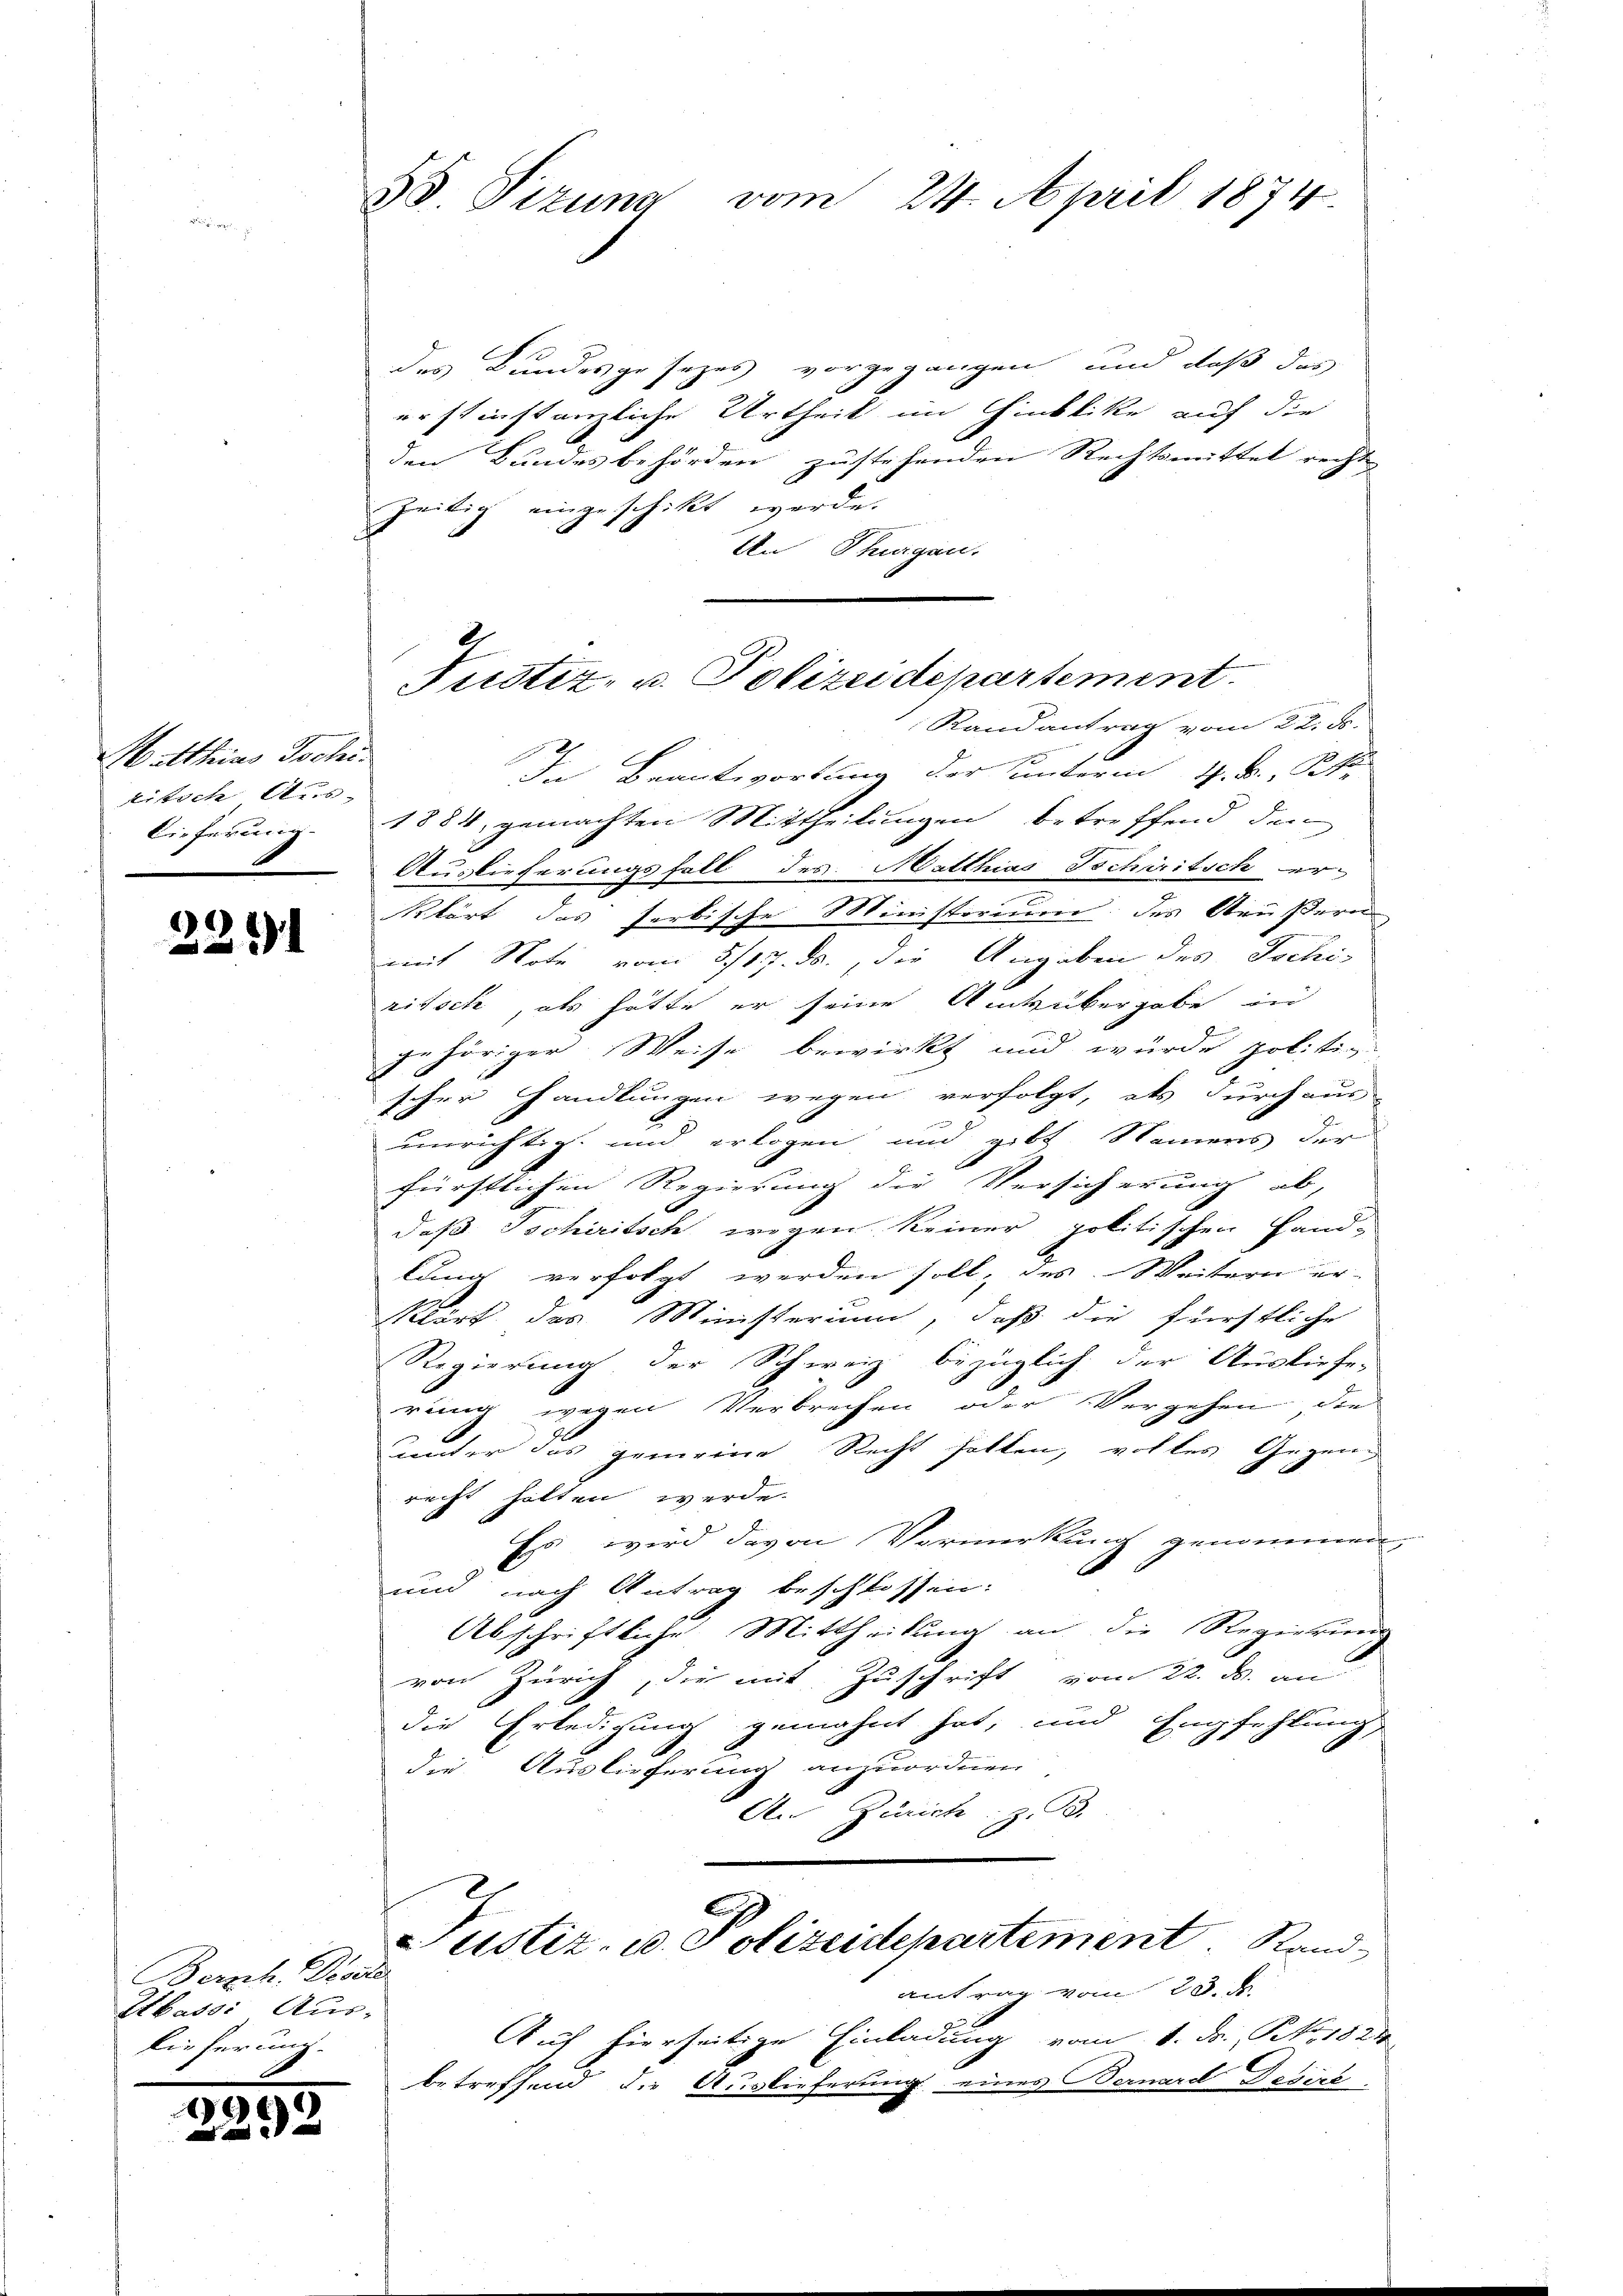
Matthias Jochiritsch Aus- |
Lieferung.

2251

Berph. Dose
Ibassi Aus-
lieferung.

¬
2

33. Sizung vom 24. April 1874.

Justiz- u. Polizeidepartement.
Randantrag vom 22. ds.

des Bundesgesezes vorgegangen, und daß das
erstinstanzliche Urtheil im Hinblike auf die
den Bundesbehörden zustehenden Rechtsmittel recht
zeitig eingeschikt werde.
An Thurgau.
In Beantwortung der unterm 4. B. K
1884, gemachten Mittheilungen betreffend den
Auslieferungsfall des Matthias Tscharitsch er-
klärt das serbische Ministorium des Aeußern
mit Note vom 5/17. ds., die Angaben des Jochi-
ritsch, als hätte er seine Ausübergabe in
gehöriger Weise bewirkt und würde politiz-
scher Handlungen wegen verfolgt, als durchaus-
unrichtig und erlogen und gibt Namens der
fürstlichen Regierung die Versicherung ab,
daß Tschiritsch wegen keiner politischen Hand-
lung verfolgt werden soll, des Weitern er
Klärt des Ministerium, daß die fürstliche
Regierung der Schweiz bezüglich der Ausliefe-
rung wegen Verbrechen oder Vergehen, die
unter das gemeine Recht halten, volles Gegen
recht halten werde.
Es wird davon Vormerkung genommen
und nach Antrag beschlossen:
Abschriftliche Mittheilung an die Regierung
von Zürich, die mit Zuschrift vom 22. ds. an
die Erledigung gemahnt hat, und Empfehlung,
die Auslieferung anzuordnen
An Zürich, z. B.
Justiz- u. Polizeidepartement. Sandantrag vom 23. d.
Auf hierseitige Einladung vom 1. ds. No. 1821
betreffend die Auslieferung eines Bernard Desire